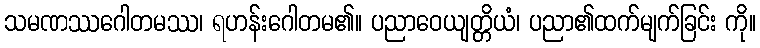
သမဏဿဂေါတမဿ၊ ရဟန်းဂေါတမ၏။ ပညာဝေယျတ္တိယံ၊ ပညာ၏ထက်မျက်ခြင်း ကို။